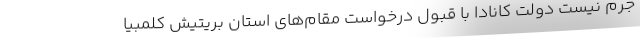
جرم نیست دولت کانادا با قبول درخواست مقام‌های استان بریتیش کلمبیا